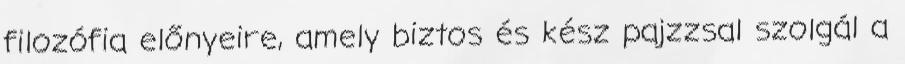
filozófia előnyeire, amely biztos és kész pajzzsal szolgál a